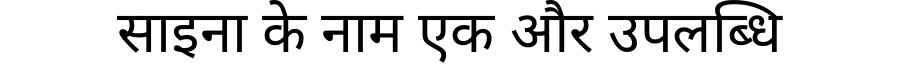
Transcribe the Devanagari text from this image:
साइना के नाम एक और उपलब्धि